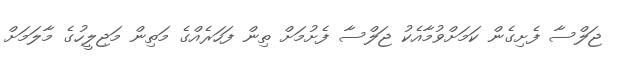
ޖަލްސާ ފެށިގެން ކަމަށްވުމާއެކު ޖަލްސާ ފެށުމަށް ތިން ފަހަރެއްގެ މަތިން މަޖިލީހުގެ މާލަމަށް